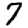
Digit: 7